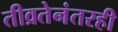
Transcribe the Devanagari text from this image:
तीव्रतेनंतरही